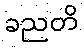
ခညတိ